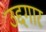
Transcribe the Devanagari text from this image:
उद्दगार